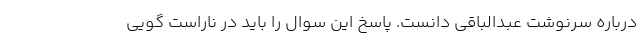
درباره سرنوشت عبدالباقی دانست. پاسخ این سوال را باید در ناراست گویی